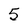
Character: 5